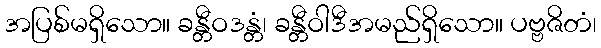
အပြစ်မရှိသော။ ခန္တီဝဒန္တံ၊ ခန္တီဝါဒီအမည်ရှိသော။ ပဗ္ဗဇိတံ၊